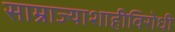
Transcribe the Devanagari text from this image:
साम्राज्याशाहीविरोधी